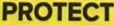
PROTECT